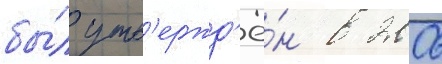
бы́л утв'ержд'ё́н в 2006